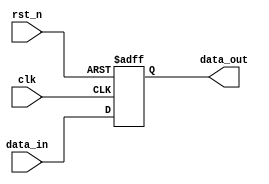
module async_reset_example (
    input wire clk,          // Clock signal
    input wire rst_n,       // Asynchronous reset (active low)
    input wire [3:0] data_in, // Example input data
    output reg [3:0] data_out // Example output data
);

// Behavioral description with asynchronous reset
always @(posedge clk or negedge rst_n) begin
    if (!rst_n) begin
        // Asynchronous reset condition
        data_out <= 4'b0000; // Initialize output to zero
    end else begin
        // Normal operation on the rising edge of the clock
        data_out <= data_in; // Update output with input data
    end
end

endmodule